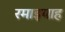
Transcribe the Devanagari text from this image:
रमाइयाह